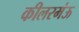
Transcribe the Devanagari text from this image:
कीलरमंऊ